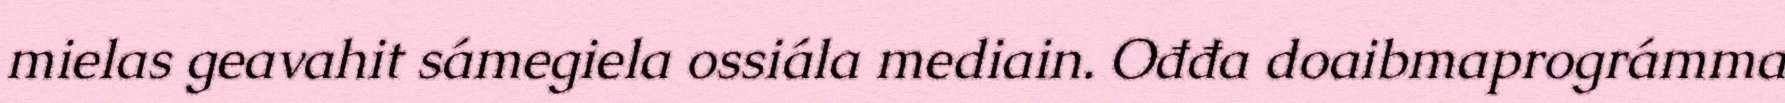
mielas geavahit sámegiela ossiála mediain. Ođđa doaibmaprográmma